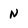
Character: n